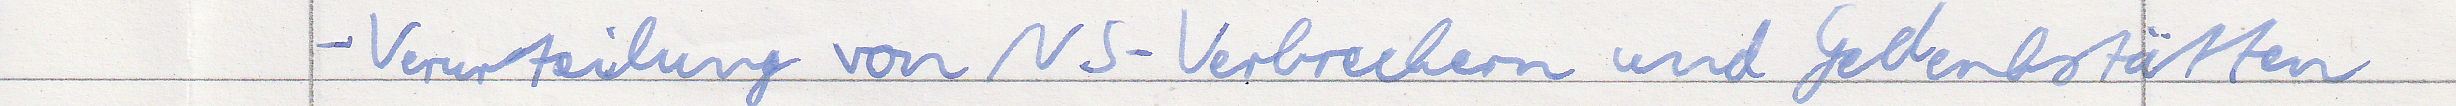
- Verurteilung von NS-Verbrechern und Gedenkstätten